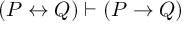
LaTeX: ( P \leftrightarrow Q ) \vdash ( P \to Q )